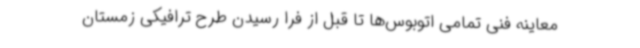
معاینه فنی تمامی اتوبوس‌ها تا قبل از فرا رسیدن طرح ترافیکی زمستان